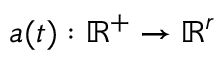
\boldsymbol { a } ( t ) : \mathbb { R } ^ { + } \rightarrow \mathbb { R } ^ { r }